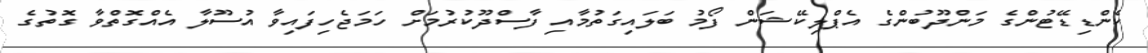
ކެންޑިޑޭޓުންގެ މަންދޫބުންގެ އެޕްލިކޭޝަން ފޯމު ބަލައިގަތުމާއި ފާސްދޫކުރުމަށް ހަމަޖެހިފައިވާ އުސޫލާ އެއްގޮތްވާ ގޮތުގެ